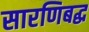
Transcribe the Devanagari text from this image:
सारणिबद्ध